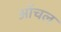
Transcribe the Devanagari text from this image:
ऑचल